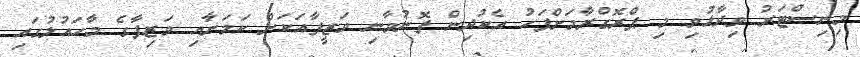
މިނިސްޓަރު ވިދާޅުވި މި ޕްރޮގްރާމަށްފަހު އެކުދިން ފޮނުވާނި ވަޒީފާއަަކަށް ކަމަށާއި ވަޒިފާގެ މާހައުލުގައި